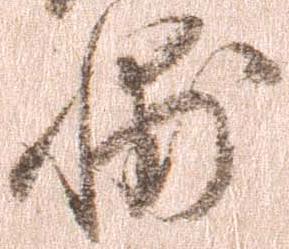
輔